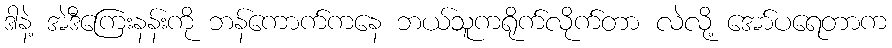
ဒါနဲ့ အဲဒီကြေးနန်းကို ဘန်ကောက်ကနေ ဘယ်သူကရိုက်လိုက်တာ လဲလို့ အော်ပရေတာက